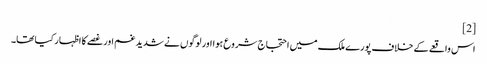
[2]
اس واقعے کے خلاف پورے ملک میں احتجاج شروع ہوا اور لوگوں نے شدید غم اور غصے کا اظہار کیا تھا۔